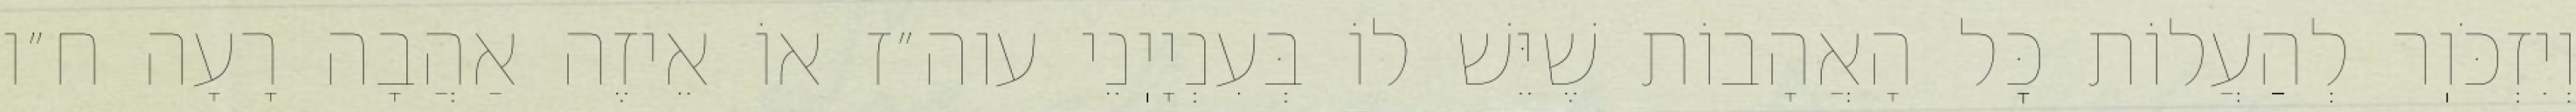
וְיִזְכֹּוֽר לְהַעֲלוֹת כׇּל הָאֲהָבוֹת שֶׁיֵּשׁ לוֹ בְּעִנְיָיֽנֵי עוה״ז אוֹ אֵיזֶה אַהֲבָה רָעָה ח״ו